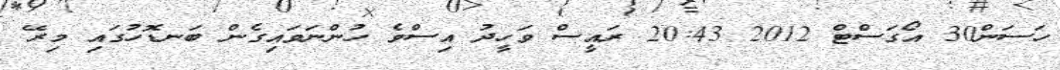
ހަސަން30 އޯގަސްޓް 2012 20:43 ރައީސް ވަހީދު އިސްވެ ހުންނަވައިގެން ބަނޑޮހުގައި މިރޭ